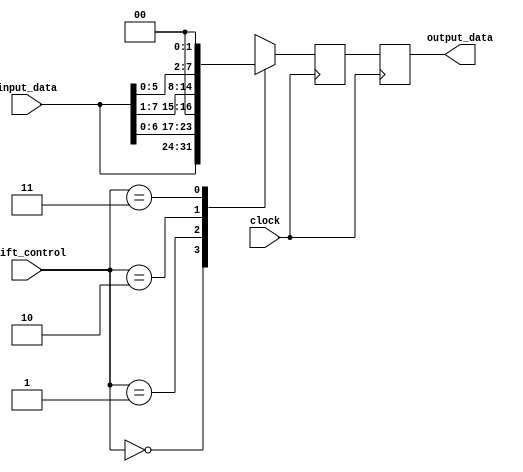
module FixedPointShiftRegister (
    input [7:0] input_data,
    input [1:0] shift_control,
    output reg [7:0] output_data,
    input clock
);

reg [7:0] shifted_data;

always @ (posedge clock) begin
    case (shift_control)
        2'b00: shifted_data <= input_data; // no shift
        2'b01: shifted_data <= input_data << 1; // shift left by 1 position
        2'b10: shifted_data <= input_data >> 1; // shift right by 1 position
        2'b11: shifted_data <= input_data << 2; // shift left by 2 positions
    endcase
end

always @ (posedge clock) begin
    output_data <= shifted_data;
end

endmodule